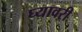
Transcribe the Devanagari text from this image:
घ्यावरी